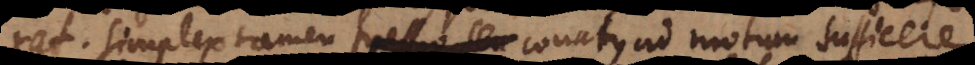
rat. Simplex tamen pressio seu conatus ad motum sufficere